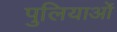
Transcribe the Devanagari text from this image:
पुलियाओं